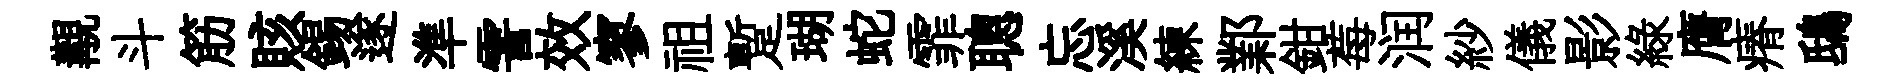
覯斗筋賅錫遂準霅效寥祖蹔瑚蛇霏聰忘溪練鄴鉗莓润紗儀影緑膺瘠鴟